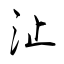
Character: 沚